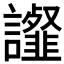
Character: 𧭸